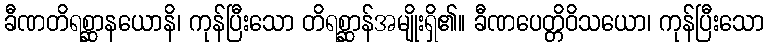
ခီဏတိရစ္ဆာနယောနိ၊ ကုန်ပြီးသော တိရစ္ဆာန်အမျိုးရှိ၏။ ခီဏပေတ္တိဝိသယော၊ ကုန်ပြီးသော